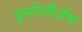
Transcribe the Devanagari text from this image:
इनटेलीजेंस